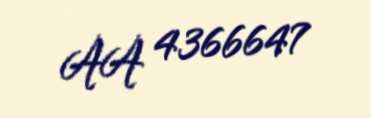
AA 4366647